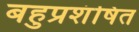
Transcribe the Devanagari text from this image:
बहुप्रशंषित